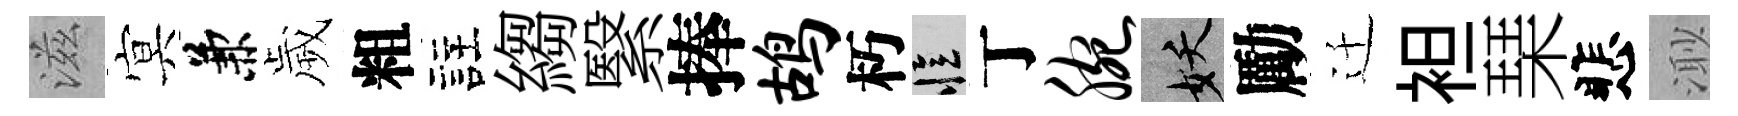
滋㝠兼歲粗註縐繄捧鸪朽忆丁腕妖勵迁袒琹悲𣺌